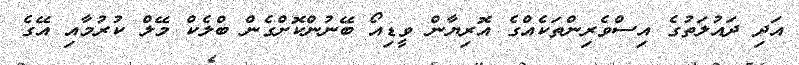
އަދި ދައުލަތުގެ އިސްވެރިންތަކެއްގެ އޮރިޔާން ވީޑިއޯ ބޭނުންކޮށްގެން ބްލެކް މޭލް ކުރުމާއި އޭގެ